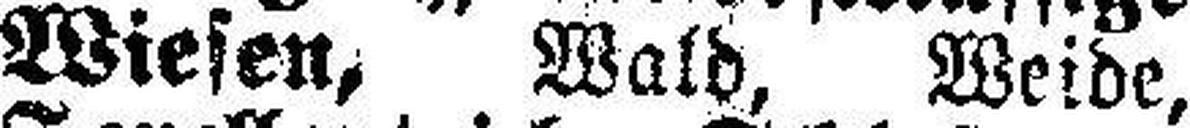
Wiesen, Wald, Weide,